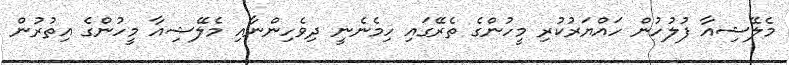
މެލޭޝިއާ ފުލުހުން ހައްޔަރުކުރި މީހުންގެ ތެރޭގައި ހިމެނެނީ ދިވެހިންނާއި މެލޭޝިއާ މީހުންގެ އިތުރުން